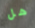
هل